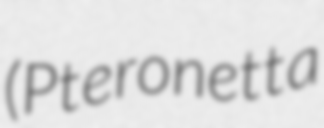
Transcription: (Pteronetta